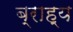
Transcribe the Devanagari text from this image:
ब्राह्य